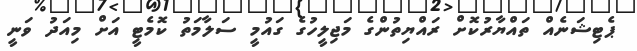
ޕެޓިޝަނެއް ތައްޔާރުކޮށް ރައްޔިތުންގެ މަޖިލީހުގެ ގައުމީ ސަލާމަތު ކޮމެޓީ އަށް މިއަދު ވަނީ